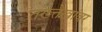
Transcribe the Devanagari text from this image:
तख्त्तेखांवर